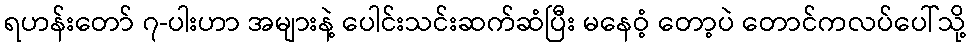
ရဟန်းတော် ၇-ပါးဟာ အများနဲ့ ပေါင်းသင်းဆက်ဆံပြီး မနေဝံ့ တော့ပဲ တောင်ကလပ်ပေါ်သို့